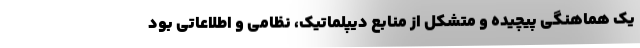
یک هماهنگی پیچیده و متشکل از منابع دیپلماتیک، نظامی و اطلاعاتی بود